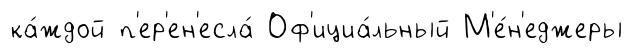
ка́ждой п'ер'ен'есла́ Оф'ициа́льный М'е́н'еджеры